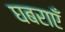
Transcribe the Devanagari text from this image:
घबराएँ